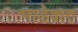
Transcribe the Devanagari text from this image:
भाडेकरु